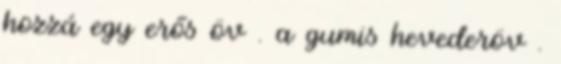
hozzá egy erős öv . a gumis hevederöv .